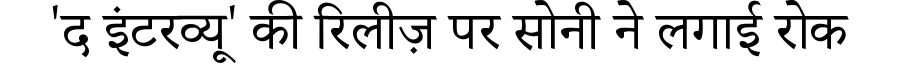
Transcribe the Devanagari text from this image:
'द इंटरव्यू' की रिलीज़ पर सोनी ने लगाई रोक